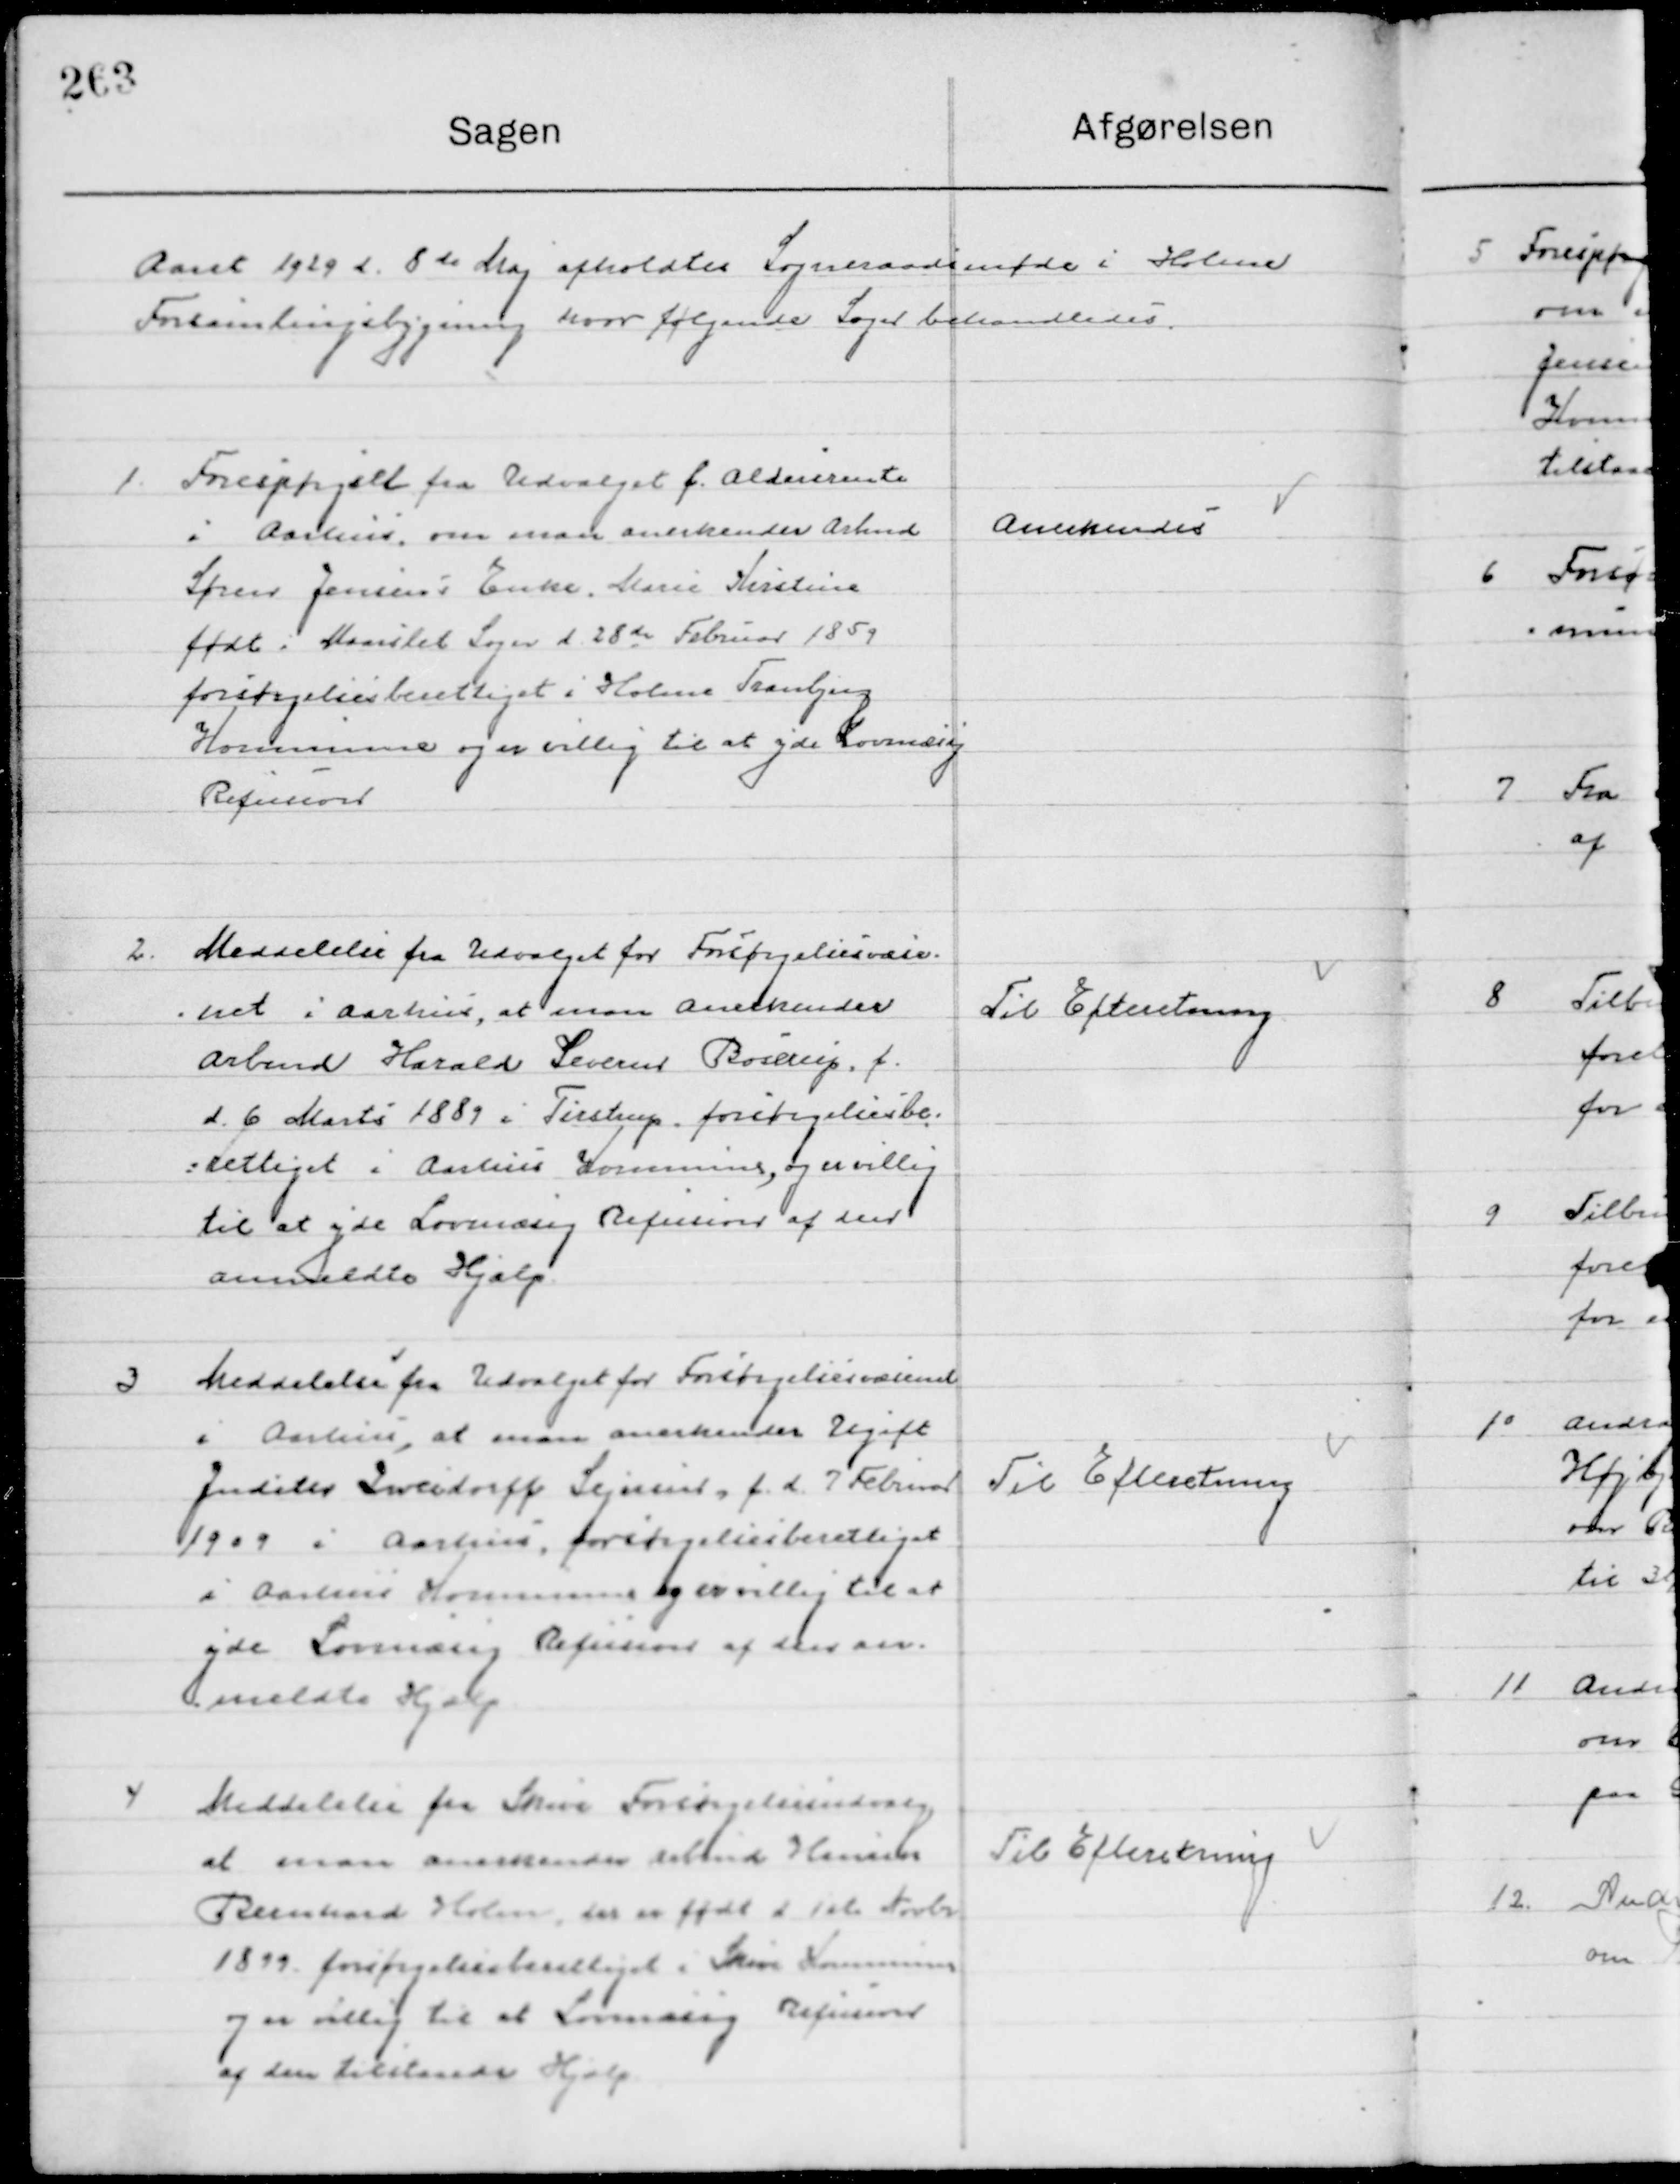
Transskription:
Aaret 1929 d. 8de Maj  afholdt Sogneraadsmøde i Holme 
Forsamlingsbygning hvor følgende Sager behandledes.

1

Forespørgsel fra Udvalget f. Aldersrente
I Aarhus, om man anerkender Arbmd.
Sørens Jensens enke, Marie Kristine
Født i Hornslet Sogn d. 28de Februar 1889
forsørgelsesberettiget, i Holme Tranbjerg
Kommune og er villig til at yde lovmæssig
Refusion.

Anerkendes

2

Meddelelse fra Udvalget for forsørgelsesvæse-
net i Aarhus, at man anerkender
Arbmd. Harald Svensen Borup. F.
d. 6 Marts 1889 i Tirstrup forsørgelsesbe-
rettiget, i Aarhus Kommune, og er villig 
til at yde lovmæssig Refusion af den 
anmeldte Hjælp.

Til Efterretning

3

Meddelelse fra Udvalget for Forsørgelsesvæsenet 
i Aarhus, at man anerkender Ugift 
Judith Zwerdorff Sejersen, f. d. 7 Februar
1909 I Aarhus forsørgelsesberettiget
 i Aarhus Kommune,  og er villig til at 
yde lovmæssig Refusion af den an-
meldte Hjælp.

Til Efterretning

4

Meddelelse fra Skive Forsørgelsesvæsen 
at man anerkender Arbmd. Herman
Richard holm, der er født d. 1st Novbr.
1899 forsørgelsesberettiget i Skive Kommune
og er villig til at yde lovmæssig Refusion 
af den tilmeldte Hjælp.

Til Efterretning